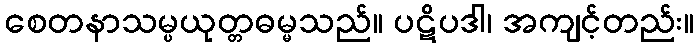
စေတနာသမ္ပယုတ္တဓမ္မသည်။ ပဋိပဒါ၊ အကျင့်တည်း။